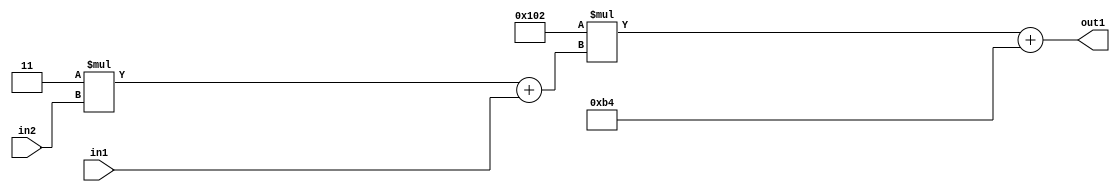
`timescale 1ps / 1ps
/*****************************************************************************
    Verilog RTL Description
    
    
    Created by: Stratus DpOpt 2019.1.01 
*******************************************************************************/

module DC_Filter_Add2i180Mul2i258Add2u1Mul2i3u2_4 (
	in2,
	in1,
	out1
	); /* architecture "behavioural" */ 
input [1:0] in2;
input  in1;
output [11:0] out1;
wire [11:0] asc001;
wire [3:0] asc002;

wire [3:0] asc002_tmp_0;
assign asc002_tmp_0 = 
	+(4'B0011 * in2);
assign asc002 = asc002_tmp_0
	+(in1);

wire [11:0] asc001_tmp_1;
assign asc001_tmp_1 = 
	+(12'B000100000010 * asc002);
assign asc001 = asc001_tmp_1
	+(12'B000010110100);

assign out1 = asc001;
endmodule

/* CADENCE  v7X3SgA= : u9/ySgnWtBlWxVPRXgAZ4Og= ** DO NOT EDIT THIS LINE ******/